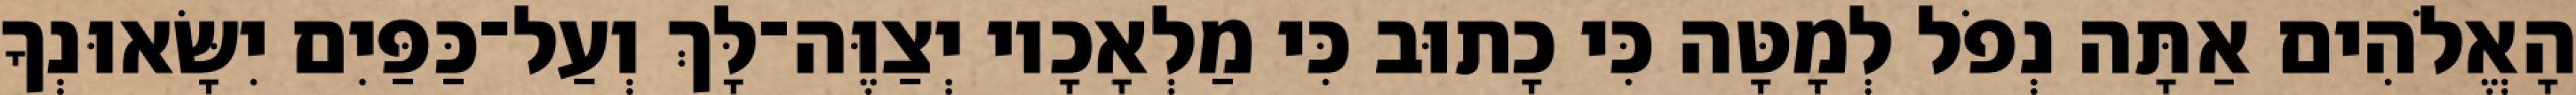
הָאֱלֹהִים אַתָּה נְפֹל לְמָטָּה כִּי כָתוּב כִּי מַלְאָכָיו יְצַוֶּה־לָּךְ וְעַל־כַּפַּיִם יִשָּׂאוּנְךָ